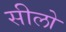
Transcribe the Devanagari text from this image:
सीलो